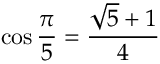
\cos { \frac { \pi } { 5 } } = { \frac { { \sqrt { 5 } } + 1 } { 4 } }